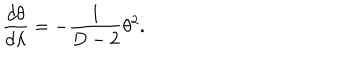
LaTeX: \frac { d \theta } { d \lambda } = - \frac { 1 } { D - 2 } \theta ^ { 2 } .